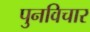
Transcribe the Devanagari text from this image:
पुनविचार